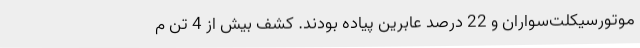
موتورسیکلت‌سواران و 22 درصد عابرین پیاده بودند. کشف بیش از 4 تن م